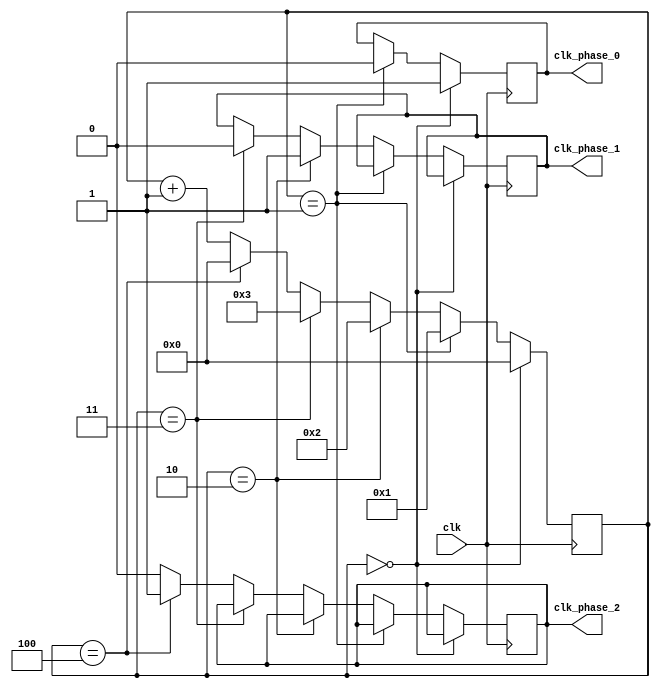
module multi_phase_clock_divider (
  input wire clk,
  output wire clk_phase_0,
  output wire clk_phase_1,
  output wire clk_phase_2
);

reg [3:0] count;

always @(posedge clk) begin
  if (count == 4'h0) begin
    count <= 4'h0;
    clk_phase_0 <= 1'b1;
  end else if (count == 4'h1) begin
    count <= 4'h1;
    clk_phase_0 <= 1'b0;
  end else if (count == 4'h2) begin
    count <= 4'h2;
    clk_phase_1 <= 1'b1;
  end else if (count == 4'h3) begin
    count <= 4'h3;
    clk_phase_1 <= 1'b0;
  end else if (count == 4'h4) begin
    count <= 4'h0;
    clk_phase_2 <= 1'b1;
  end else begin
    count <= count + 1;
    clk_phase_2 <= 1'b0;
  end
end

endmodule